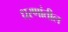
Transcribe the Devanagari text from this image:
धरणांतील